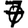
Digit: 7